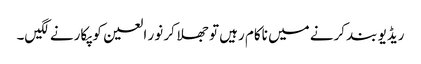
ریڈیو بند کرنے میں ناکام رہیں تو جھلا کر نور العین کو پکارنے لگیں۔